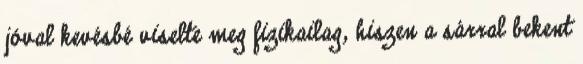
jóval kevésbé viselte meg fizikailag, hiszen a sárral bekent